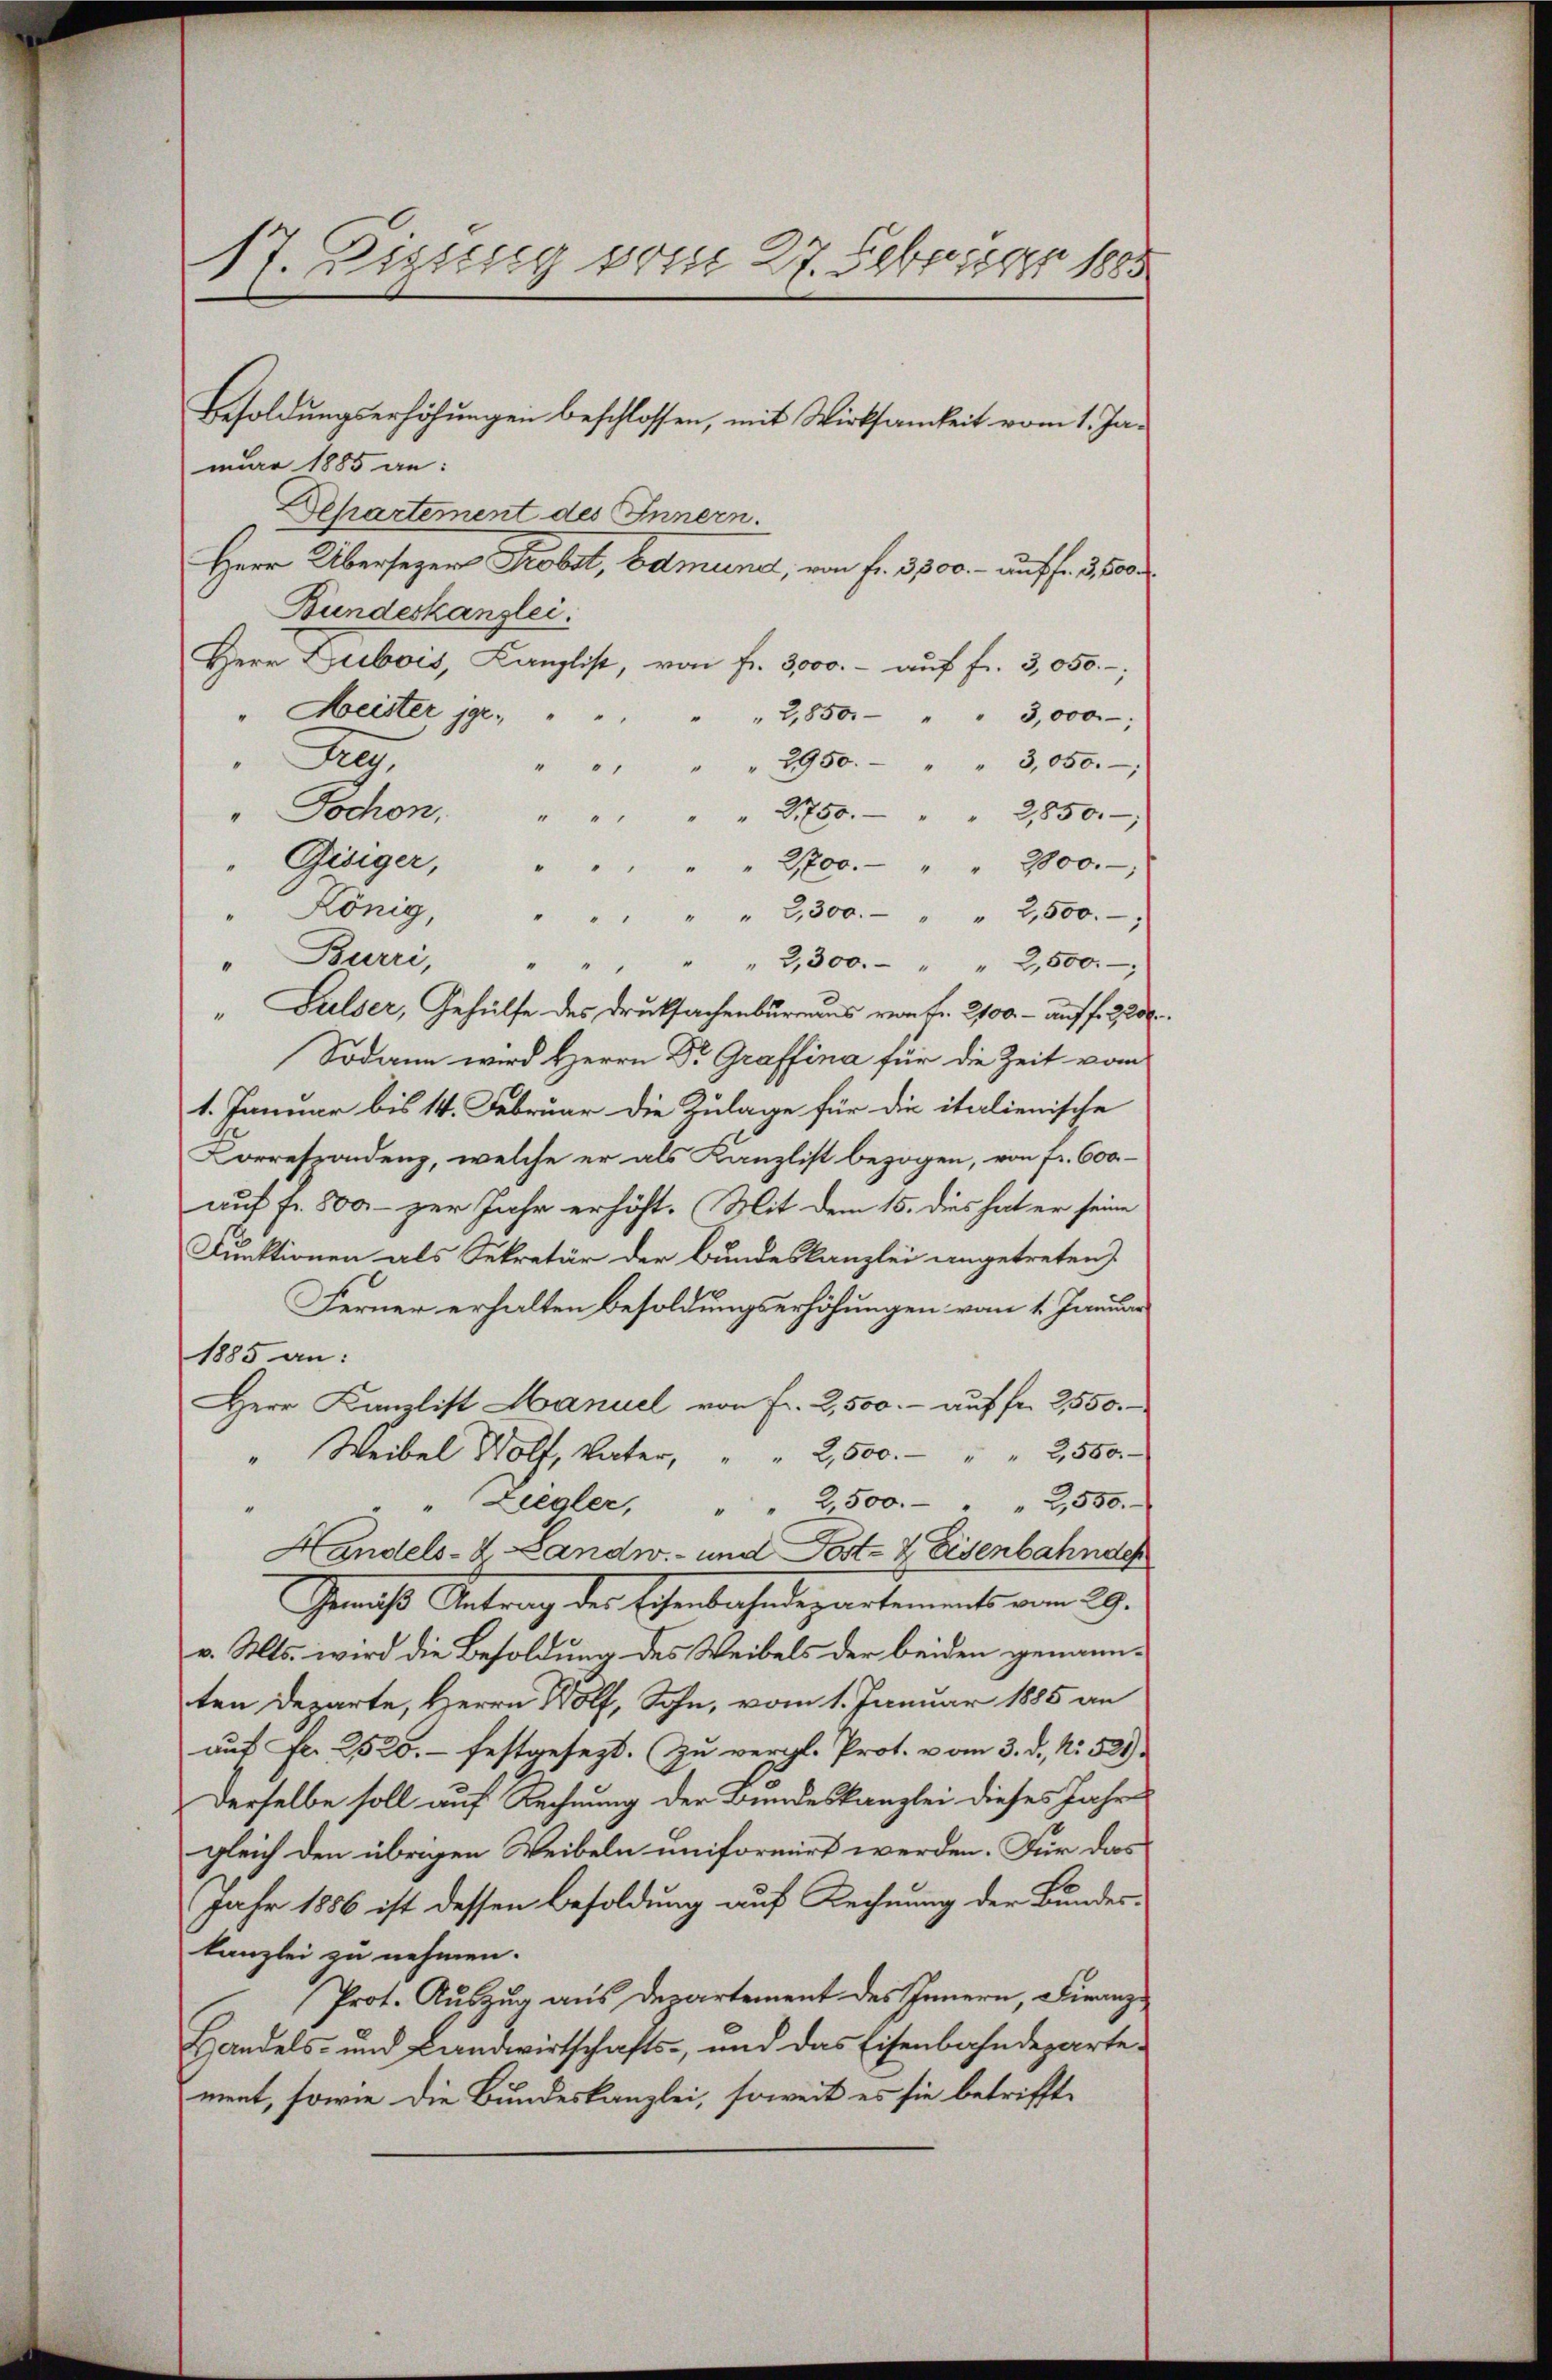
17. Digung vom 27. Februar 1885

nuar 1885 an:
Departement des Innern.
Herr Übersezer Probst, bemune, von fr. 3500.- auf fr. 3,500
Bundeskanzlei.
Herr Grebois, Canzlist, von Fr. 3000.- auf fr. 3,050.-
Meister ge¬
2,850.
3,000
g.
2950.
3,050.
.
21750.
" Jochon,
2,850.
Gisiger, " "
2,700.- " " 2000.-,
König,
" 2,300. - " " 2,500.
"
"Burri,
" 3,300. " " 2,500.
"
" Dielser, Gehülfe des Druksachenbureaus von Fr. 2100. - auf fr 2, 20
Sodann wird Herrn Dr. Graffina für die Zeit vom
1. Januar bis 14. Februar die Zulage für die italienische
Correspondenz, welche er als Kanzlist bezogen, von fr. 600
auf fr. 800 - zur Jahr erhöht. Mit dem 15. dies hat er seine
Funktionen als Sekretär der Bundeskanzlei angetreten)
Ferner erhalten Besoldungserhöhungen vom 1. Januar
1885 an:
Herr Kanzlist Manuel von Fr. 2,500.- auf fr. 2550.
" Weibel Wolf, Vater, " " 2,500.- " " 2500.
" Ziegler, " " 2,500.- " " 2,550.
Handels- & Landw. - und Post- & Eisenbahnde
Genicht Antrag des Schenbahndepartements vom 29.
v. Mts. wird die Besoldung des Weibels der beiden genannten Departe, Herrn Wolf, Sohn, vom 1. Januar 1885 an
auf Fr. 2520.- festgesezt. Zu vergl. Prot. vom 3. d. N. 521.
Derselbe soll auf Rechnung der Bundeskanzlei dieses Jahr
gleich den übrigen Weibeln uniformirt werden. Für das
Jahr 1886 ist dessen Besoldung auf Rechnung der Bundeskanzlei zu nehmen.
Prot. Auszug aus Departement des Innern, Franz¬
Handels- und Landwirtschafts-, und das Eisenbahndeparte
ment, sowie die Bundeskanzlei, soweit es sie betriffte

Besoldŭngserhöhŭngen beschlossen, mit Wirksamkeit vom 1. Ja-